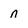
Character: n